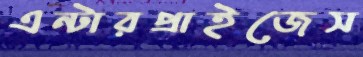
এন্টারপ্রাইজেস